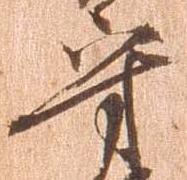
守